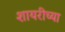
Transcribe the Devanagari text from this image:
शायरीच्या